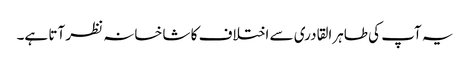
یہ آپ کی طاہرالقادری سے اختلاف کا شاخسانہ نظر آتا ہے۔